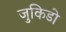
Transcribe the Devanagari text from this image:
जुकिडो